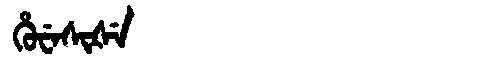
Manchu: ᡥᡠᠸᡝᠰᡳᡧᡝ
Romanization: HUWESIŠE